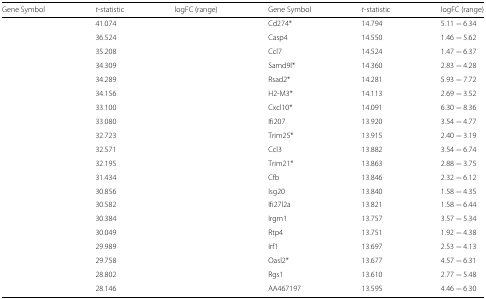
<table><thead><tr><td><b>Gene Symbol</b></td><td><b><i>t</i>-statistic</b></td><td><b>logFC (range)</b></td><td><b>Gene Symbol</b></td><td><b><i>t</i>-statistic</b></td><td><b>logFC (range)</b></td></tr></thead><tbody><tr><td>[EMPTY_CELL]</td><td>41.074</td><td>[EMPTY_CELL]</td><td>Cd274*</td><td>14.794</td><td>5.11 − 6.34</td></tr><tr><td>[EMPTY_CELL]</td><td>36.524</td><td>[EMPTY_CELL]</td><td>Casp4</td><td>14.550</td><td>1.46 − 5.62</td></tr><tr><td>[EMPTY_CELL]</td><td>35.208</td><td>[EMPTY_CELL]</td><td>Ccl7</td><td>14.524</td><td>1.47 − 6.37</td></tr><tr><td>[EMPTY_CELL]</td><td>34.309</td><td>[EMPTY_CELL]</td><td>Samd9l*</td><td>14.360</td><td>2.83 − 4.28</td></tr><tr><td>[EMPTY_CELL]</td><td>34.289</td><td>[EMPTY_CELL]</td><td>Rsad2*</td><td>14.281</td><td>5.93 − 7.72</td></tr><tr><td>[EMPTY_CELL]</td><td>34.156</td><td>[EMPTY_CELL]</td><td>H2-M3*</td><td>14.113</td><td>2.69 − 3.52</td></tr><tr><td>[EMPTY_CELL]</td><td>33.100</td><td>[EMPTY_CELL]</td><td>Cxcl10*</td><td>14.091</td><td>6.30 − 8.36</td></tr><tr><td>[EMPTY_CELL]</td><td>33.080</td><td>[EMPTY_CELL]</td><td>Ifi207</td><td>13.920</td><td>3.54 − 4.77</td></tr><tr><td>[EMPTY_CELL]</td><td>32.723</td><td>[EMPTY_CELL]</td><td>Trim25*</td><td>13.915</td><td>2.40 − 3.19</td></tr><tr><td>[EMPTY_CELL]</td><td>32.571</td><td>[EMPTY_CELL]</td><td>Ccl3</td><td>13.882</td><td>3.54 − 6.74</td></tr><tr><td>[EMPTY_CELL]</td><td>32.195</td><td>[EMPTY_CELL]</td><td>Trim21*</td><td>13.863</td><td>2.88 − 3.75</td></tr><tr><td>[EMPTY_CELL]</td><td>31.434</td><td>[EMPTY_CELL]</td><td>Cfb</td><td>13.846</td><td>2.32 − 6.12</td></tr><tr><td>[EMPTY_CELL]</td><td>30.856</td><td>[EMPTY_CELL]</td><td>Isg20</td><td>13.840</td><td>1.58 − 4.35</td></tr><tr><td>[EMPTY_CELL]</td><td>30.582</td><td>[EMPTY_CELL]</td><td>Ifi27l2a</td><td>13.821</td><td>1.58 − 6.44</td></tr><tr><td>[EMPTY_CELL]</td><td>30.384</td><td>[EMPTY_CELL]</td><td>Irgm1</td><td>13.757</td><td>3.57 − 5.34</td></tr><tr><td>[EMPTY_CELL]</td><td>30.049</td><td>[EMPTY_CELL]</td><td>Rtp4</td><td>13.751</td><td>1.92 − 4.38</td></tr><tr><td>[EMPTY_CELL]</td><td>29.989</td><td>[EMPTY_CELL]</td><td>Irf1</td><td>13.697</td><td>2.53 − 4.13</td></tr><tr><td>[EMPTY_CELL]</td><td>29.758</td><td>[EMPTY_CELL]</td><td>Oasl2*</td><td>13.677</td><td>4.57 − 6.31</td></tr><tr><td>[EMPTY_CELL]</td><td>28.802</td><td>[EMPTY_CELL]</td><td>Rgs1</td><td>13.610</td><td>2.77 − 5.48</td></tr><tr><td>[EMPTY_CELL]</td><td>28.146</td><td>[EMPTY_CELL]</td><td>AA467197</td><td>13.595</td><td>4.46 − 6.30</td></tr></tbody></table>